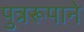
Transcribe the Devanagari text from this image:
पुत्ररूपाने